Vaccination in Bombay 1856-1862 - 1856-1862
Year: 1856
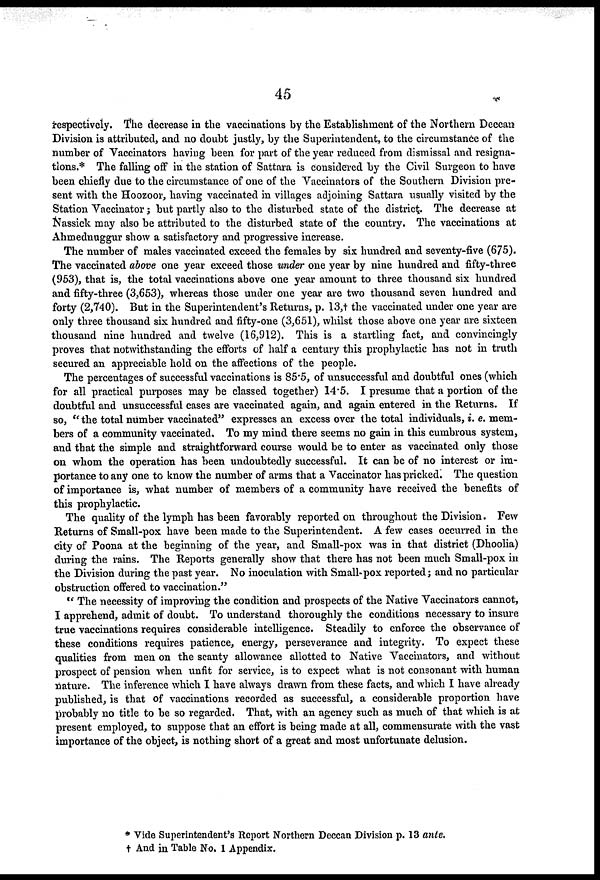
45
respectively. The decrease in the vaccinations by the Establishment of the Northern Deccan
Division is attributed, and no doubt justly, by the Superintendent, to the circumstance of the
number of Vaccinators having been for part of the year reduced from dismissal and resigna-
tions.* The falling off in the station of Sattara is considered by the Civil Surgeon to have
been chiefly due to the circumstance of one of the Vaccinators of the Southern Division pre-
sent with the Hoozoor, having vaccinated in villages adjoining Sattara usually visited by the
Station Vaccinator; but partly also to the disturbed state of the district. The decrease at
Nassick may also be attributed to the disturbed state of the country. The vaccinations at
Ahmednuggur show a satisfactory and progressive increase.
The number of males vaccinated exceed the females by six hundred and seventy-five (675).
The vaccinated above one year exceed those under one year by nine hundred and fifty-three
(953), that is, the total vaccinations above one year amount to three thousand six hundred
and fifty-three (3,653), whereas those under one year are two thousand seven hundred and
forty (2,740). But in the Superintendent's Returns, p. 13,t the vaccinated under one year are
only three thousand six hundred and fifty-one (3,651), whilst those above one year are sixteen
thousand nine hundred and twelve (16,912). This is a startling fact, and convincingly
proves that notwithstanding the efforts of half a century this prophylactic has not in truth
secured an appreciable hold on the affections of the people.
The percentages of successful vaccinations is 85.5, of unsuccessful and doubtful ones (which
for all practical purposes may be classed together) 14.5. I presume that a portion of the
doubtful and unsuccessful cases are vaccinated again, and again entered in the Returns. If
so, "the total number vaccinated" expresses an excess over the total individuals, i. e. mem-
bers of a community vaccinated. To my mind there seems no gain in this cumbrous system,
and that the simple and straightforward course would be to enter as vaccinated only those
on whom the operation has been undoubtedly successful. It can be of no interest or im-
portance to any one to know the number of arms that a Vaccinator has pricked. The question
of importance is, what number of members of a community have received the benefits of
this prophylactic.
The quality of the lymph has been favorably reported on throughout the Division. Few
Returns of Small-pox have been made to the Superintendent. A few cases occurred in the
city of Poona at the beginning of the year, and Small-pox was in that district (Dhoolia)
during the rains. The Reports generally show that there has not been much Small-pox in
the Division during the past year. No inoculation with Small-pox reported; and no particular
obstruction offered to vaccination."
" The necessity of improving the condition and prospects of the Native Vaccinators cannot,
I apprehend, admit of doubt. To understand thoroughly the conditions necessary to insure
true vaccinations requires considerable intelligence. Steadily to enforce the observance of
these conditions requires patience, energy, perseverance and integrity. To expect these
qualities from men on the scanty allowance allotted to Native Vaccinators, and without
prospect of pension when unfit for service, is to expect what is not consonant with human
nature. The inference which I have always drawn from these facts, and which I have already
published, is that of vaccinations recorded as successful, a considerable proportion have
probably no title to be so regarded. That, with an agency such as much of that which is at
present employed, to suppose that an effort is being made at all, commensurate with the vast
importance of the object, is nothing short of a great and most unfortunate delusion.
* Vide Superintendent's Report Northern Deccan Division p. 13 ante.
† And in Table No. 1 Appendix.